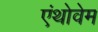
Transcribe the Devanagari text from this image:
एंथोवेम